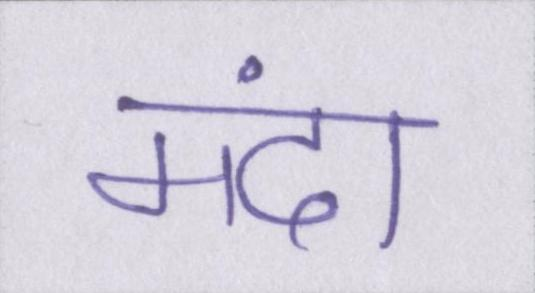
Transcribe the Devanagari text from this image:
मंदा